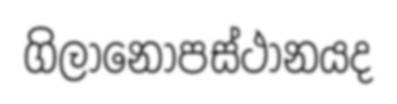
ගිලානෝපස්ථානයද